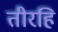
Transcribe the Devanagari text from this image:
तीरहि